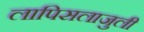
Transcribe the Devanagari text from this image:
लापिसलाजुली